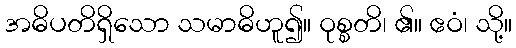
အဓိပတိရှိသော သမာဓိဟူ၍။ ဝုစ္စတိ၊ ၏။ ဧဝံ၊ သို့။